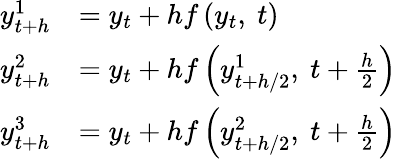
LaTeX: {\begin{array}{rl}{y_{t+h}^{1}}&{=y_{t}+hf\left(y_{t},\ t\right)}\\ {y_{t+h}^{2}}&{=y_{t}+hf\left(y_{t+h/2}^{1},\ t+{\frac{h}{2}}\right)}\\ {y_{t+h}^{3}}&{=y_{t}+hf\left(y_{t+h/2}^{2},\ t+{\frac{h}{2}}\right)}\end{array}}